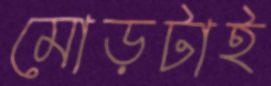
মোড়টাই